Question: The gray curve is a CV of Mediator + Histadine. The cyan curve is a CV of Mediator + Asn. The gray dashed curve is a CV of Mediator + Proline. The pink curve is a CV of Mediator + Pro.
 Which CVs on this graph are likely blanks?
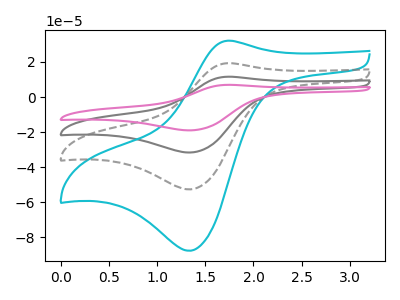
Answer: <think>The gray curve "Mediator + Histadine" has an anodic peak at (1.75V, 38.65uA) and a cathodic peak at (1.35V, -105.40uA). The cyan curve "Mediator + Asn" has an anodic peak at (1.75V, 32.15uA) and a cathodic peak at (1.35V, -87.75uA). The gray dashed curve "Mediator + Proline" has an anodic peak at (1.75V, 19.30uA) and a cathodic peak at (1.35V, -52.70uA). The pink curve "Mediator + Pro" has an anodic peak at (1.75V, 57.95uA) and a cathodic peak at (1.35V, -158.10uA).</think>
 <answer>There are not any CV's on this graph that are likely to be blanks.</answer>
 <eval>none</eval>